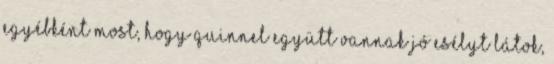
egyébként most, hogy Quinnel együtt vannak jó esélyt látok,